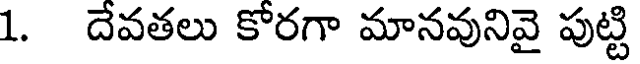
1. దేవతలు కోరగా మానవునివై పుట్టి